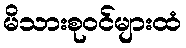
မိသားစုဝင်များထံ